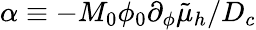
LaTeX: \alpha\equiv-M_{0}\phi_{0}\partial_{\phi}\tilde{\mu}_{h}/D_{c}